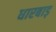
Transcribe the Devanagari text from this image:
धारबाड़